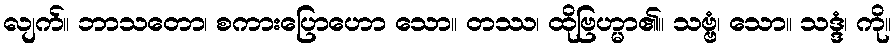
လျက်။ ဘာသတော၊ စကားပြောဟော သော။ တဿ၊ ထိုဗြဟ္မာ၏။ သဗ္ဗံ၊ သော။ သဒ္ဒံ၊ ကို။